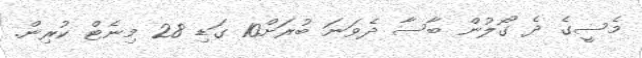
މެސީގެ ދެ ގޯލުން ބާސާ ދެވަނަ ބުރަށް10 ގަޑި 28 މިނެޓް ކުރިން.